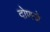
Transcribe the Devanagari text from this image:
दोणजे